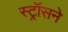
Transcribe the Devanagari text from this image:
स्ट्रॉसने